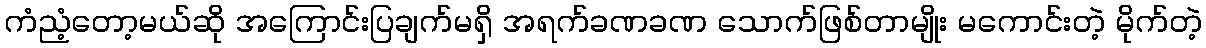
ကံညံ့တော့မယ်ဆို အကြောင်းပြချက်မရှိ အရက်ခဏခဏ သောက်ဖြစ်တာမျိုး မကောင်းတဲ့ မိုက်တဲ့